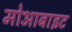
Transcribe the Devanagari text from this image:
मोआबाइट